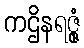
ကဌိနရဇ္ဇုံ